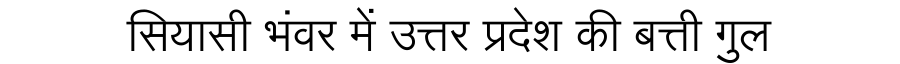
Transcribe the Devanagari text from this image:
सियासी भंवर में उत्तर प्रदेश की बत्ती गुल